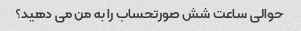
حوالی ساعت شش صورتحساب را به من می دهید؟